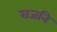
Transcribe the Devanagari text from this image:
राजनि